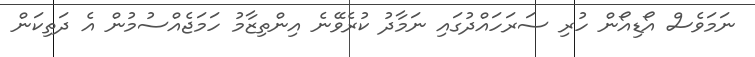
ނަމަވެސް އޯޑިއޯން ހުރި ސަރަހައްދުގައި ނަމާދު ކުރެވޭނެ އިންތިޒާމު ހަމަޖެއްސުމުން އެ ދަތިކަން